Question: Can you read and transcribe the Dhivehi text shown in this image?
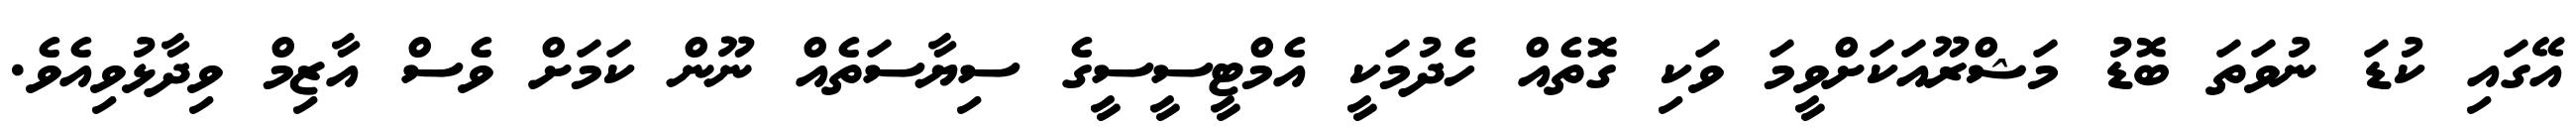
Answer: އޭގައި ކުޑަ ނުވަތަ ބޮޑު މަޝްރޫއަކަށްވީމަ ވަކި ގޮތެއް ހެދުމަކީ އެމްޓީސީސީގެ ސިޔާސަތެއް ނޫން ކަމަށް ވެސް އާޒިމް ވިދާޅުވިއެވެ.